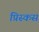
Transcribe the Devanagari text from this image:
प्रिस्कस